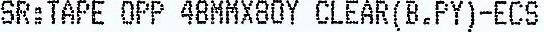
SR: TAPE OPP 48MMX80Y CLEAR(B.PY)-ECS